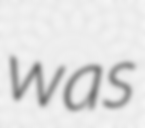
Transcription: was